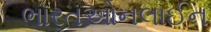
ભારતઓનલાઈન